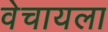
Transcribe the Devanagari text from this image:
वेचायला